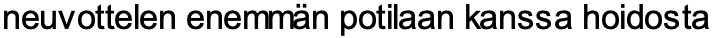
neuvottelen enemmän potilaan kanssa hoidosta